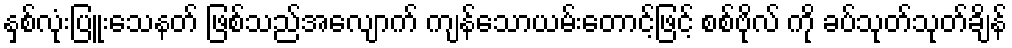
နှစ်လုံးပြူးသေနတ် ဖြစ်သည်အလျောက် ကျန်သောယမ်းတောင့်ဖြင့် စစ်ဗိုလ် ကို ခပ်သုတ်သုတ်ချိန်